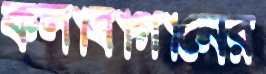
কলাবাগানের